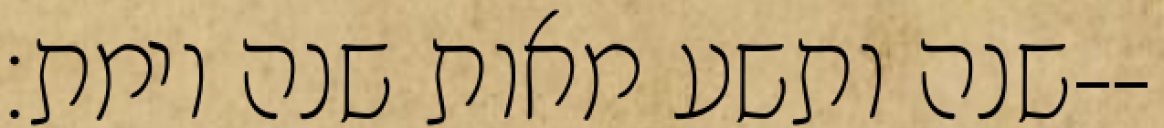
שנה ותשע מאות שנה וימת׃--